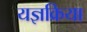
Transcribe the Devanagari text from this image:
यज्ञक्रिया